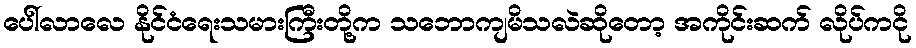
ပေါ်လာလေ နိုင်ငံရေးသမားကြီးတို့က သဘောကျမိသလဲဆိုတော့ အကိုင်းဆက် လိုပ်ကငို